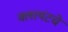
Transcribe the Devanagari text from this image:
क्लायंटचे